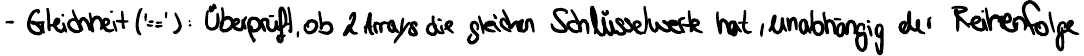
- Gleichheit ('=='): Überprüft, ob 2 Arrays die gleichen Schlüsselwerte hat, unabhängig der Reihenfolge